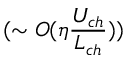
( \sim O ( \eta \frac { U _ { c h } } { L _ { c h } } ) )